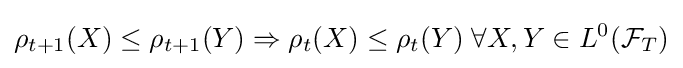
\rho _{t+1}(X)\leq \rho _{t+1}(Y)\Rightarrow \rho _{t}(X)\leq \rho _{t}(Y)\;\forall X,Y\in L^{0}({\mathcal {F}}_{T})